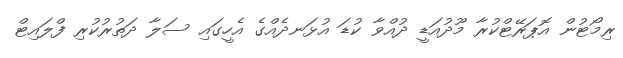
ރިމޯޓުން އޮޕަރޭޓްކުރާ މޫދުއަޑީ ދުއްވާ ކުޑަ އުޅަނދެއްގެ އެހީގައި ސަލާ ދަތުރުކުރި ފްލައިޓް